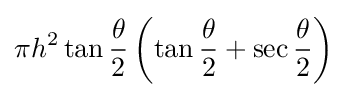
\pi h^{2}\tan {\frac {\theta }{2}}\left(\tan {\frac {\theta }{2}}+\sec {\frac {\theta }{2}}\right)